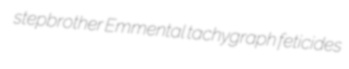
stepbrother Emmental tachygraph feticides